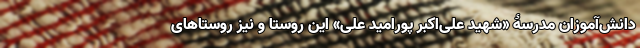
دانش‌آموزان مدرسۀ «شهید علی‌اکبر پورامید علی» این روستا و نیز روستاهای